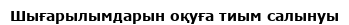
Шығарылымдарын оқуға тиым салынуы